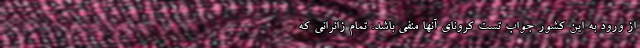
از ورود به این کشور جواب تست کرونای آنها منفی باشد. تمام زائرانی که